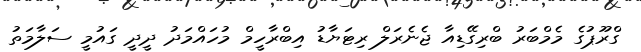
ގްރޫޕުގެ މެމްބަރު ބްރިގޭޑިއާ ޖެނެރަލް ރިޓަޔާޑު އިބްރާހީމް މުހައްމަދު ދީދީ ގައުމީ ސަލާމަތު